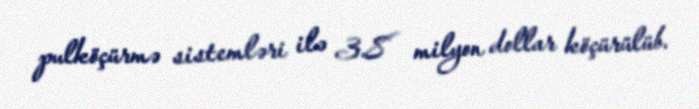
pulköçürmə sistemləri ilə 3.8 milyon dollar köçürülüb.